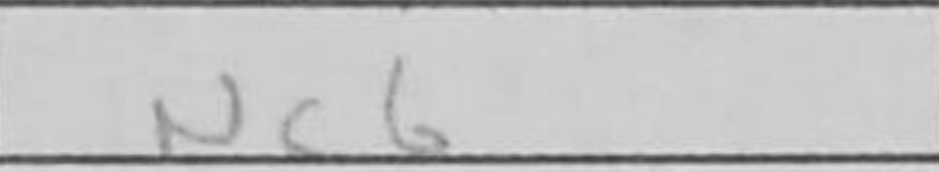
Transcription: Nc6